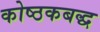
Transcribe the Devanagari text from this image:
कोष्ठकबद्ध